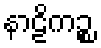
နာဠိကဉ္စ